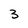
Character: 3